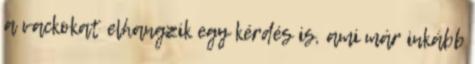
a vackokat elhangzik egy kérdés is, ami már inkább